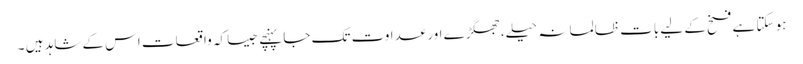
ہو سکتا ہے فسخ کے لیے بات ظالمانہ حیلے،جھگڑے اور عداوت تک جا پہنچے جیسا کہ واقعات اس کے شاہد ہیں ۔